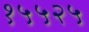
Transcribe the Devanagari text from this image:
१५५२५